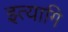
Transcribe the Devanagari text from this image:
इत्यागि